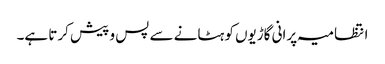
انتظامیہ پرانی گاڑیوں کو ہٹانے سے پس و پیش کرتا ہے۔